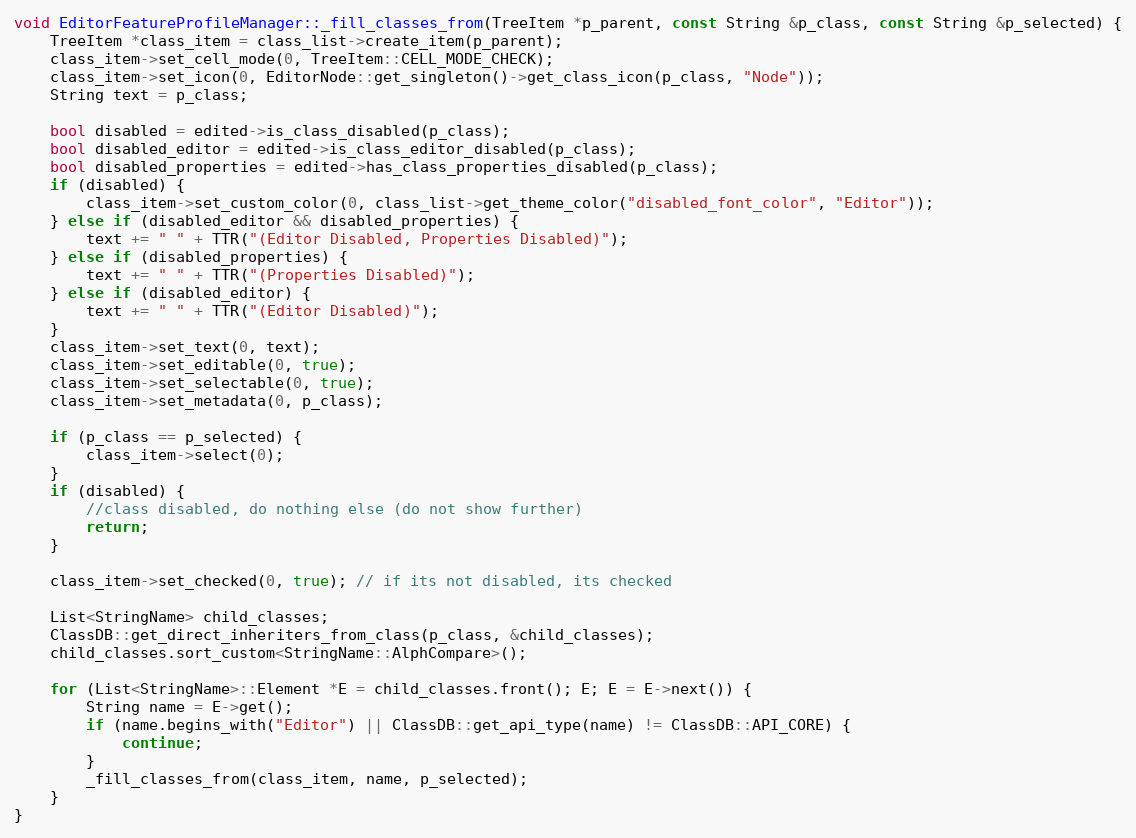
Language: C++
void EditorFeatureProfileManager::_fill_classes_from(TreeItem *p_parent, const String &p_class, const String &p_selected) {
	TreeItem *class_item = class_list->create_item(p_parent);
	class_item->set_cell_mode(0, TreeItem::CELL_MODE_CHECK);
	class_item->set_icon(0, EditorNode::get_singleton()->get_class_icon(p_class, "Node"));
	String text = p_class;

	bool disabled = edited->is_class_disabled(p_class);
	bool disabled_editor = edited->is_class_editor_disabled(p_class);
	bool disabled_properties = edited->has_class_properties_disabled(p_class);
	if (disabled) {
		class_item->set_custom_color(0, class_list->get_theme_color("disabled_font_color", "Editor"));
	} else if (disabled_editor && disabled_properties) {
		text += " " + TTR("(Editor Disabled, Properties Disabled)");
	} else if (disabled_properties) {
		text += " " + TTR("(Properties Disabled)");
	} else if (disabled_editor) {
		text += " " + TTR("(Editor Disabled)");
	}
	class_item->set_text(0, text);
	class_item->set_editable(0, true);
	class_item->set_selectable(0, true);
	class_item->set_metadata(0, p_class);

	if (p_class == p_selected) {
		class_item->select(0);
	}
	if (disabled) {
		//class disabled, do nothing else (do not show further)
		return;
	}

	class_item->set_checked(0, true); // if its not disabled, its checked

	List<StringName> child_classes;
	ClassDB::get_direct_inheriters_from_class(p_class, &child_classes);
	child_classes.sort_custom<StringName::AlphCompare>();

	for (List<StringName>::Element *E = child_classes.front(); E; E = E->next()) {
		String name = E->get();
		if (name.begins_with("Editor") || ClassDB::get_api_type(name) != ClassDB::API_CORE) {
			continue;
		}
		_fill_classes_from(class_item, name, p_selected);
	}
}